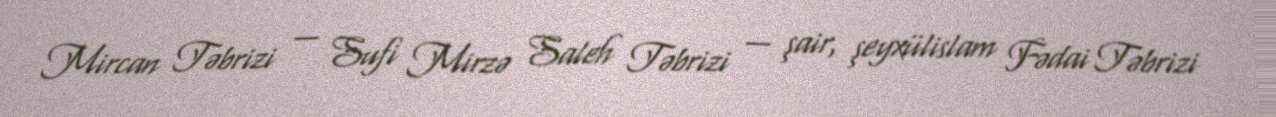
Mircan Təbrizi — Sufi Mirzə Saleh Təbrizi — şair, şeyxülislam Fədai Təbrizi